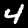
Label: 4